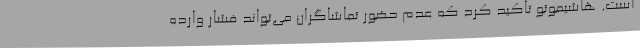
است. هاشیموتو تاکید کرد که عدم حضور تماشاگران می‌تواند فشار وارده